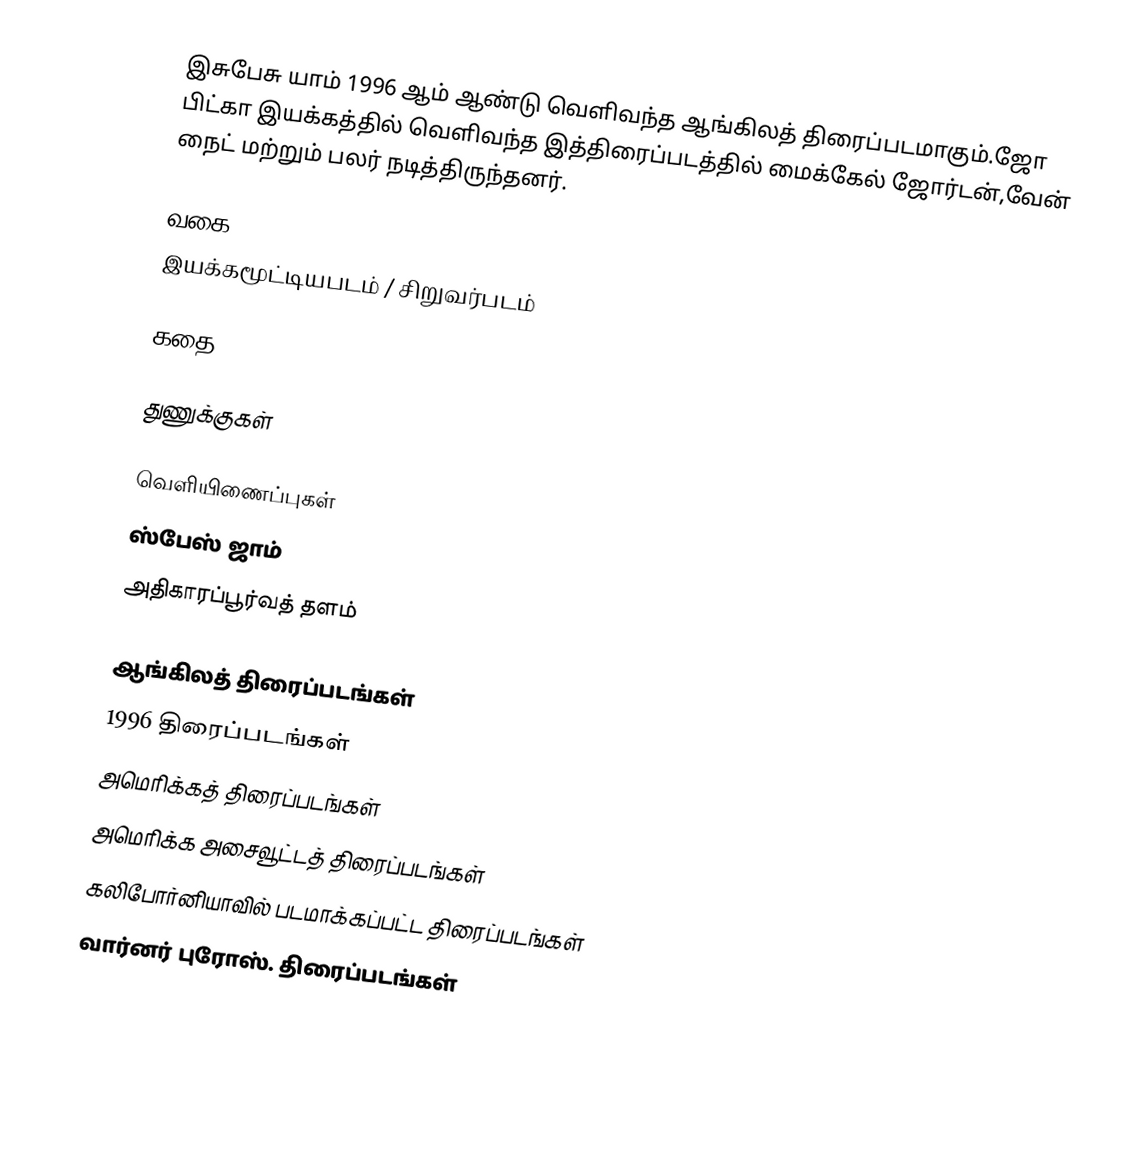
இசுபேசு யாம்  1996 ஆம் ஆண்டு வெளிவந்த ஆங்கிலத் திரைப்படமாகும்.ஜோ பிட்கா இயக்கத்தில் வெளிவந்த இத்திரைப்படத்தில் மைக்கேல் ஜோர்டன்,வேன் நைட் மற்றும் பலர் நடித்திருந்தனர்.

வகை
இயக்கமூட்டியபடம் / சிறுவர்படம்

கதை

துணுக்குகள்

வெளியிணைப்புகள்
 ஸ்பேஸ் ஜாம்
 அதிகாரப்பூர்வத் தளம்

ஆங்கிலத் திரைப்படங்கள்
1996 திரைப்படங்கள்
அமெரிக்கத் திரைப்படங்கள்
அமெரிக்க அசைவூட்டத் திரைப்படங்கள்
கலிபோர்னியாவில் படமாக்கப்பட்ட திரைப்படங்கள்
வார்னர் புரோஸ். திரைப்படங்கள்